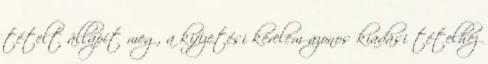
tételt állapít meg, a kifizetési kérelem azonos kiadási tételhez